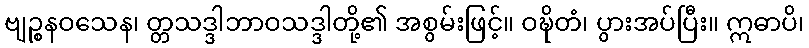
ဗျဉ္စနဝသေန၊ တ္တသဒ္ဒါဘာဝသဒ္ဒါတို့၏ အစွမ်းဖြင့်။ ဝဍ္ဎိတံ၊ ပွားအပ်ပြီး။ ဣဓာပိ၊